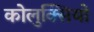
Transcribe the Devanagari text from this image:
कोलुक्सियो